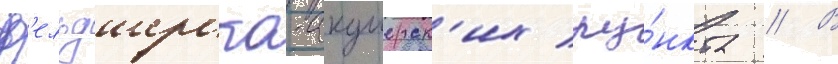
ф'ельдшерско-акушерск'их пу́нкта // В